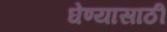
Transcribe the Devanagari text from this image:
घेण्यासाठीं